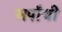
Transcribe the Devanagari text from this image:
सर्पांची